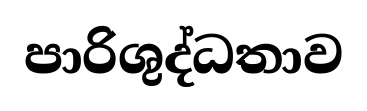
පාරිශුද්ධතාව